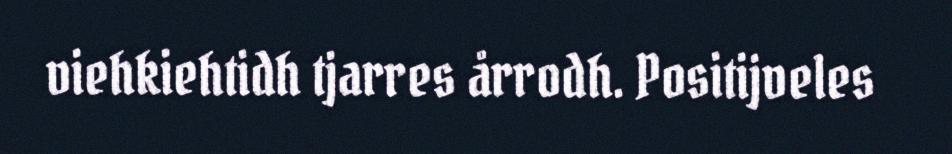
viehkiehtidh tjarres årrodh. Positijveles